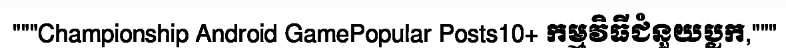
"""Championship Android GamePopular Posts10+ កម្មវិធីជំនួយប្លក,"""